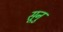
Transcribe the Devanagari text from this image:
सूनु